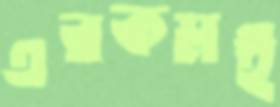
এরকমই